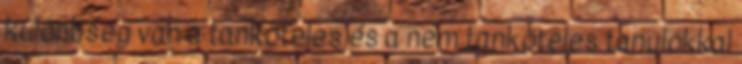
különbség van a tanköteles és a nem tanköteles tanulókkal